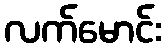
လက်မောင်း